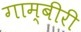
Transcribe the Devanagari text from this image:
गाम्बीरी